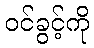
ဝင်ခွင့်ကို